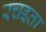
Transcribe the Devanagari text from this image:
रचइता